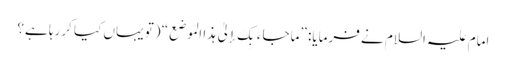
امام علیہ السلام نے فرمایا: ”ماجاءَ بِکَ إلیٰ ہذَا المَوضِع“ (تو یہاں کیا کررہا ہے؟